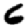
Digit: 6